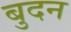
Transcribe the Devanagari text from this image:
बुदन